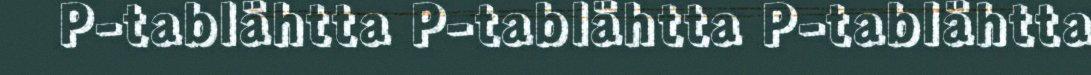
P-tablähtta P-tablähtta P-tablähtta